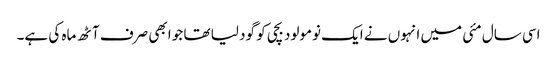
اسی سال مئی میں انہوں نے ایک نومولود بچی کو گود لیا تھا جو ابھی صرف آٹھ ماہ کی ہے۔